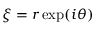
\xi = r \exp ( i \theta )